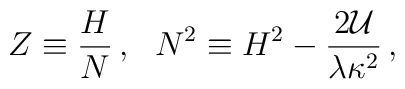
Z\equiv\frac{H}{N}\,,~~N^2 \equiv H^2-\frac{2{\cal U}}{\lambda\kappa^2}\,,